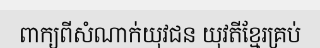
ពាក្យពីសំណាក់យុវជន យុវតីខ្មែរគ្រប់